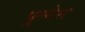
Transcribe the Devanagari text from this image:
पुल्नेस